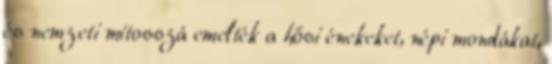
és nemzeti mítosszá emelték a hősi énekeket, népi mondákat,